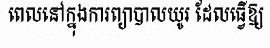
ពេលនៅក្នុងការព្យាបាលយូរ ដែលធ្វើឱ្យ